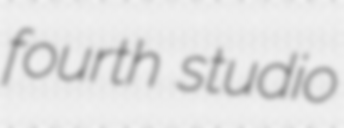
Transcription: fourth studio